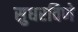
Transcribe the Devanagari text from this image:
सुधरविणे